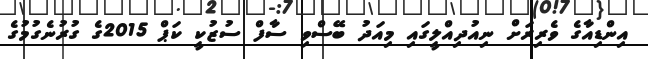
އިންޑިއާގެ ވެރިރަށް ނިއުދިއްލީގައި މިއަދު ބޭސްވި ސާފް ސުޒުކީ ކަޕް 2015ގެ ގުރުނެގުމުގެ